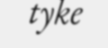
tyke